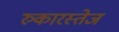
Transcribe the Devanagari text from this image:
रुकारस्तेज